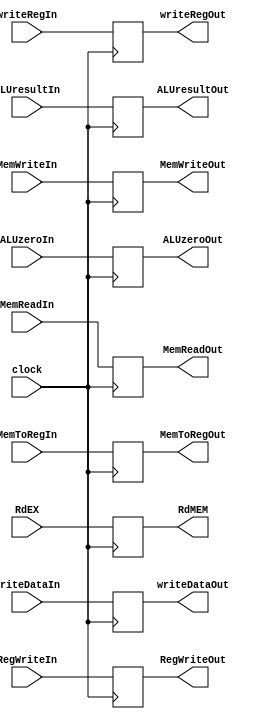
module EXMEM(clock, ALUzeroIn, ALUzeroOut, ALUresultIn, ALUresultOut, writeDataIn, writeDataOut, writeRegIn, writeRegOut, 
		RegWriteIn, MemReadIn, MemWriteIn, MemToRegIn, 
		RegWriteOut, MemReadOut, MemWriteOut, MemToRegOut, 
		RdEX, RdMEM); 
	input clock; 
	input ALUzeroIn; 
	input [63:0] ALUresultIn; 
	input [63:0] writeDataIn; 
	input [4:0] writeRegIn; 
	input RegWriteIn, MemReadIn, MemWriteIn, MemToRegIn; 
	input [4:0] RdEX; 
	
	output reg ALUzeroOut; 
	output reg[63:0] ALUresultOut; 
	output reg[63:0] writeDataOut; 
	output reg[4:0] writeRegOut; 
	output reg RegWriteOut, MemReadOut, MemWriteOut,MemToRegOut; 
	output reg[4:0] RdMEM; 
	
	initial begin 
		ALUzeroOut = 1'b0; 
		ALUresultOut = 64'b0; 
		writeDataOut = 64'b0; 
		writeRegOut = 5'b0; 
		RegWriteOut = 1'b0;
		MemReadOut  = 1'b0;
		MemWriteOut  = 1'b0;
		MemToRegOut  = 1'b0;
		RdMEM  = 5'b0;
	end 

	always @(negedge clock) begin
		ALUzeroOut <= ALUzeroIn; 
		ALUresultOut <= ALUresultIn; 
		writeDataOut <= writeDataIn; 
		writeRegOut <= writeRegIn; 
		RegWriteOut <= RegWriteIn; 
		MemReadOut <= MemReadIn; 
		MemWriteOut <= MemWriteIn; 
		MemToRegOut <= MemToRegIn; 
		RdMEM <= RdEX; 
	end 
endmodule